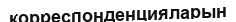
корреспонденцияларын